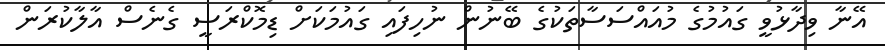
އޭނާ ވިދާޅުވީ ގައުމުގެ މުއައްސަސާތަކުގެ ބޭނުން ނުހިފައި ގައުމަކަށް ޑިމޮކްރަސީ ގެނެސް އާލާކުރަން